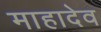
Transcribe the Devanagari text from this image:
माहादेव